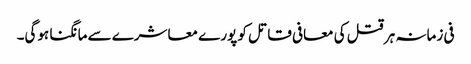
فی زمانہ ہر قتل کی معافی قاتل کو پورے معاشرے سے مانگنا ہوگی۔